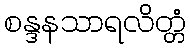
စန္ဒနသာရလိတ္တံ